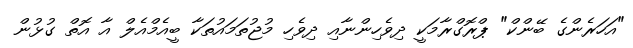
"އަހަރެންގެ ބޭންކް" ޕްރޮގްރާމަކީ ދިވެހިންނާއި ދިވެހި މުޖުތަމައުތަކާ ބީއެމްއެލް އާ އޮތް ގުޅުން